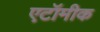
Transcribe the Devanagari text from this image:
एटॉमीक